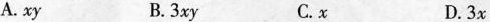
A. xy B.3xy C.x D.3x